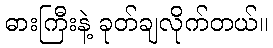
ဓားကြီးနဲ့ ခုတ်ချလိုက်တယ်။